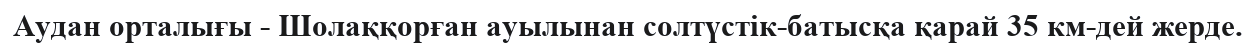
Аудан орталығы - Шолаққорған ауылынан солтүстік-батысқа қарай 35 км-дей жерде.